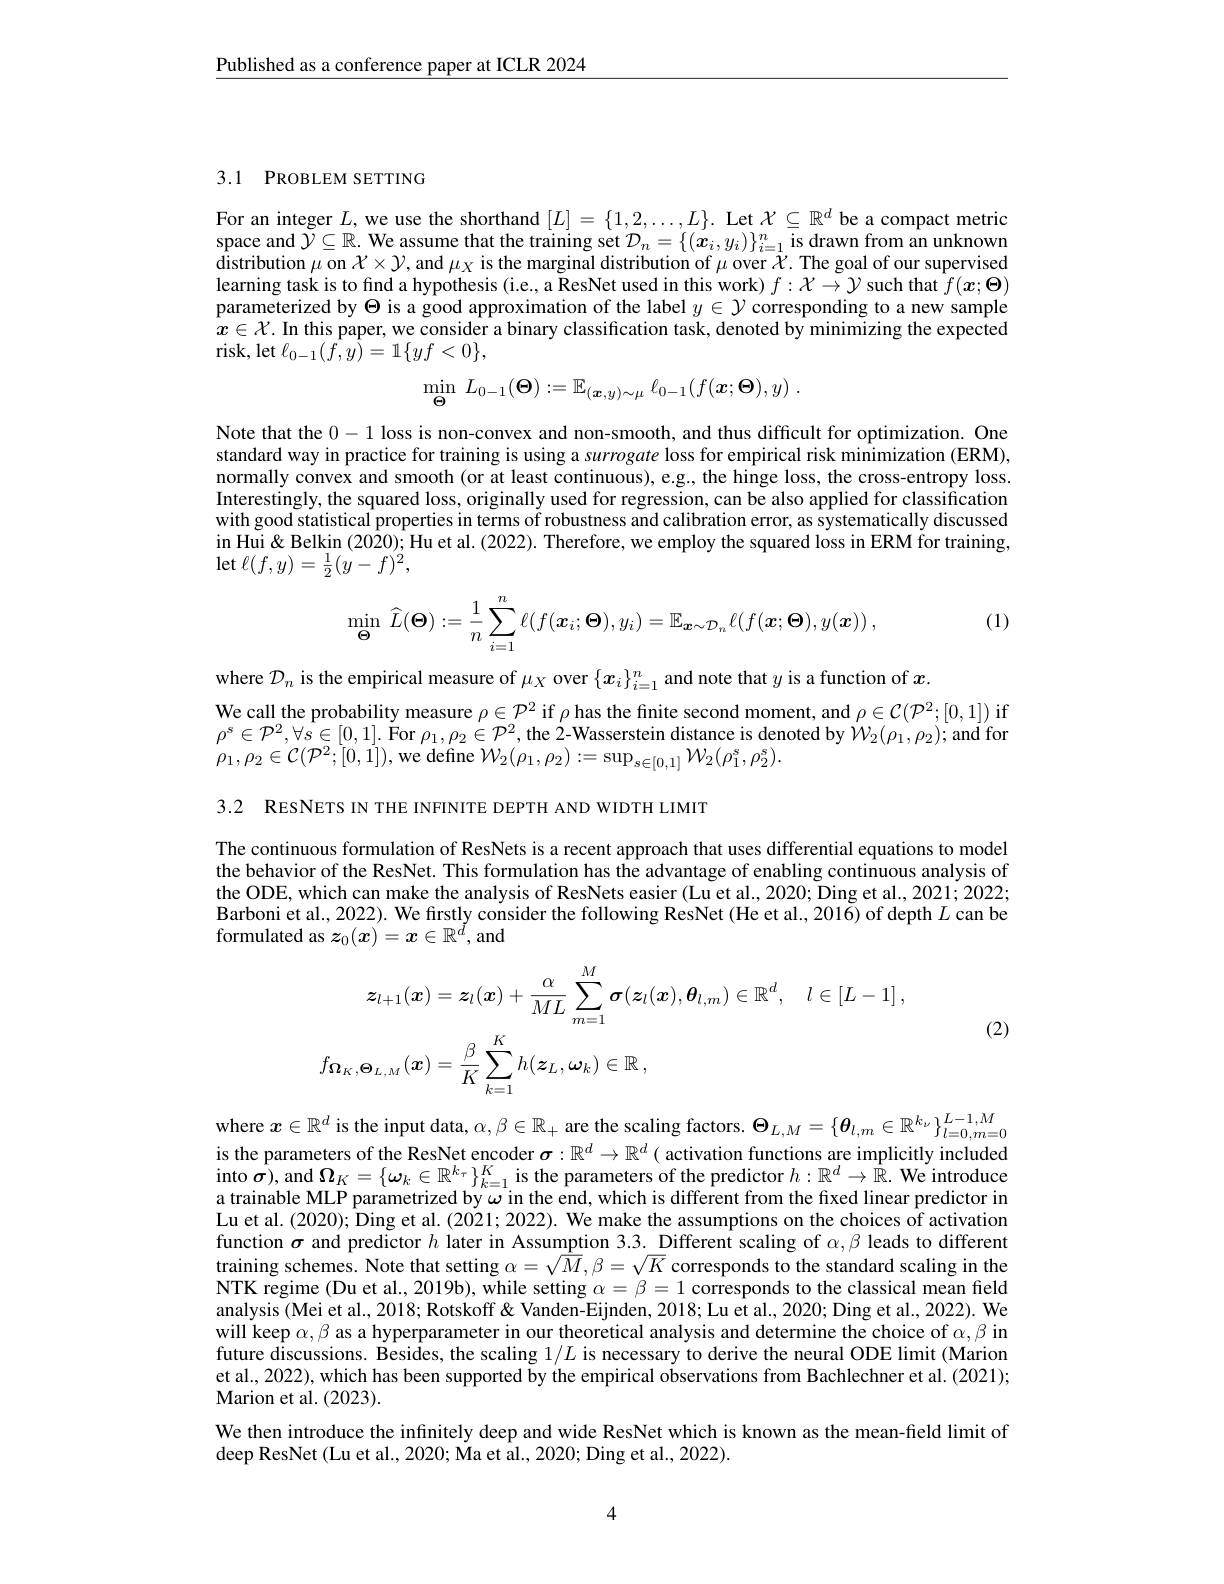
$\underline{\text{Published as a conference paper at ICLR 2024}}$

3.1 PROBLEM SETTING

For an integer $L$, we use the shorthand $[L]=\{1,2,\ldots,L\}.$ Let $\mathcal{X}\subseteq\mathbb{R}^d$ be a compact metric space and $\tilde{\mathcal{Y}}\subseteq\mathbb{R}.$ We assume that the training set $\mathcal{D}_n=\{(x_i,y_i)\}_{i=1}^n$ is drawn from an unknown distribution $\mu$ on $\mathcal{X}\times\mathcal{Y}$, and $\mu_X$ is the marginal distribution of $\mu$ over $\bar{\mathcal{X}}.$ The goal of our supervised learning task is to fınd a hypothesis (i.e, a ResNet used in this work) $f:\mathcal{X}\to\mathcal{Y}$ such that $\hat{f}(\boldsymbol{x};\boldsymbol{\Theta})$ parameterized by $\Theta$ is a good approximation of the label $y\in\mathcal{Y}$ corresponding to a new sample $x\in\mathcal{X}.$ In this paper, we consider a binary classification task, denoted by minimizing the expected $\operatorname{risk,}\operatorname{let}\ell_{0-1}(\tilde{f},\tilde{y})=1\{yf<0\}$,
$$\min_{\boldsymbol{\Theta}}\:L_{0-1}(\boldsymbol{\Theta}):=\mathbb{E}_{(\boldsymbol{x},y)\sim\mu}\:\ell_{0-1}(f(\boldsymbol{x};\boldsymbol{\Theta}),y)\:.$$
Note that the 0-1 loss is non-convex and non-smooth, and thus difficult for optimization. One standard way in practice for training is using a surrogate loss for empirical risk minimization (ERM), normally convex and smooth (or at least continuous), e.g., the hinge loss, the cross-entropy loss. Interestingly, the squared loss, originally used for regression, can be also applied for classification with good statistical properties in terms of robustness and calibration error, as systematically discussed in Hui$\ $ Belkin ( 2020) ; Hu et al. ( 2022) . Therefore, we employ the squared loss in ERM for training, in Hui $\ $ Belkin ( 2020) ; Hu et al. ( 2022) . Therefore, we e employ the squared loss in ERM for training, $\operatorname*{let}\ell(f,y)=\frac{1}{2}(\dot{y}-f)^{\acute{2}}$,

(1)
$$\min_{\boldsymbol{\Theta}}\:\widehat{L}(\boldsymbol{\Theta}):=\frac{1}{n}\sum_{i=1}^{n}\ell(f(\boldsymbol{x}_{i};\boldsymbol{\Theta}),y_{i})=\mathbb{E}_{\boldsymbol{x}\sim\mathcal{D}_{n}}\ell(f(\boldsymbol{x};\boldsymbol{\Theta}),y(\boldsymbol{x}))\:,$$
where $\mathcal{D}_n$ is the empirical measure of $\mu_X$ over $\{x_i\}_i=1^n$ and note that $y$ is a function of $x.$
We call the probability measure $\rho\in\mathcal{P}^2$ if $\rho$ has the fnite second moment, and $\rho\in\mathcal{C}(\mathcal{P}^2;[0,1])$ if $\rho^{s}\in\mathcal{P}^{2},\forall\hat{s}\in[0,1].$ For $\rho_1,\rho_{2}\in\mathcal{P}^{2}$,the 2-Wasserstein distance is denoted by $W_{2}(\rho_{1},\rho_{2});$and fon $\rho_{1},\rho_{2}\in\mathcal{C}(\mathcal{P}^{2};[0,1])$,we define $\mathcal W_2(\rho_{1},\rho_{2}):=\sup_{s\in[0,1]}\mathcal{W}_{2}(\rho_{1}^{s},\rho_{2}^{s}).$

3.2 RESNETS IN THE INFINITE DEPTH AND WIDTH LIMIT

The continuous formulation of ResNets is a recent approach that uses differential equations to model the behavior of the ResNet. This formulation has the advantage of enabling continuous analysis of the ODE, which can make the analysis of ResNets easier (Lu et al., 2020; Ding et al., 2021; 2022; Barboni et al., 2022). We firstly consider the following ResNet (He et al., 2016) of depth $L$ can be formulated as $z_0(x)=x\in\mathbb{R}^d$, and
$$\begin{aligned}\boldsymbol{z}_{l+1}(\boldsymbol{x})&=\boldsymbol{z}_{l}(\boldsymbol{x})+\frac{\alpha}{ML}\sum_{m=1}^{M}\boldsymbol{\sigma}(\boldsymbol{z}_{l}(\boldsymbol{x}),\boldsymbol{\theta}_{l,m})\in\mathbb{R}^{d},\quad l\in[L-1]\:,\\f_{\boldsymbol{\Omega}_{K},\boldsymbol{\Theta}_{L,M}}(\boldsymbol{x})&=\frac{\beta}{K}\sum_{k=1}^{K}h(\boldsymbol{z}_{L},\boldsymbol{\omega}_{k})\in\mathbb{R}\:,\end{aligned}$$
(2)

where $x\in \mathbb{R} ^d$ is the input data, $\alpha , \beta \in \mathbb{R} _+$ are the scaling factors. $\Theta _{L, M}= \{ \boldsymbol{\theta }_{l, m}\in \mathbb{R} ^{k_\nu }\} _{l= 0, m= 0}^{L- 1, M}$ is the parameters of the ResNet encoder $\sigma : \mathbb{R} ^d\to \mathbb{R} ^d($ activation functions are implicitly included $\begin{aligned}\text{into }\hat{\boldsymbol{\sigma}}),\mathrm{~and~}\boldsymbol{\Omega}_K=\{\omega_k\in\mathbb{R}^{k_\tau}\}_{k=1}^K\mathrm{~is~the~parameters~of~the~predictor~}h:\mathbb{R}^d\to\hat{\mathbb{R}}.\\\text{We introduce}\end{aligned}$ a trainable MLP parametrized by $\omega$ in the end, which is different from the fixed linear predictor in Lu et al. (2020); Ding et al. (2021; 2022). We make the assumptions on the choices of activation function $\sigma$ and predictor $h$ later in Assumption 3.3. Different scaling of $\alpha,\beta$ leads to different training schemes. Note that setting $\alpha=\sqrt{M},\beta=\sqrt{K}$ corresponds to the standard scaling in the NTK regime (Du et al., 2019b), while setting $\alpha=\beta=1$ corresponds to the classical mean field analysis (Mei et al., 2018; Rotskoff& Vanden-Eijnden, 2018; Lu et al., 2020; Ding et al., 2022). We will keep $\alpha,\beta$ as a hyperparameter in our theoretical analysis and determine the choice of $\alpha,\beta$ in future discussions. Besides, the scaling $1/L$ is necessary to derive the neural ODE limit (Marion et al, 2022), which has been supported by the empirical observations from Bachlechner et al. (2021); Marion et al. (2023).
We then introduce the infinitely deep and wide ResNet which is known as the mean-field limit of
deep ResNet (Lu et al., 2020; Ma et al., 2020; Ding et al., 2022).

4